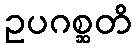
ဥပဂစ္ဆတိ